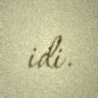
idi.